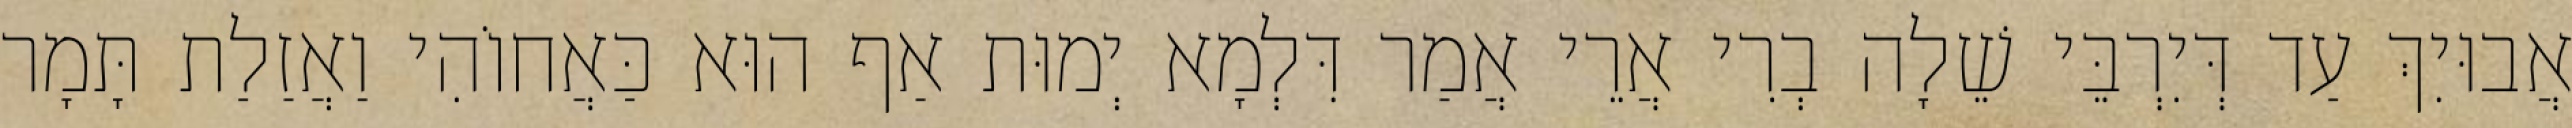
אֲבוּיִךְ עַד דְּיִרְבֵּי שֵׁלָה בְרִי אֲרֵי אֲמַר דִּלְמָא יְמוּת אַף הוּא כַּאֲחוֹהִי וַאֲזַלַת תָּמָר